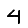
Digit: 4